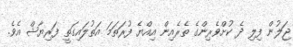
ޖަލުން ފިލި ދެ ކުށްވެރިންގެ ތެރެއިން އިއްޔެ ފުރަތަމަ އަތުލައިގަތީ ފަރިޔާޝް އެވެ.